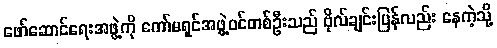
ဖော်ဆောင်ရေးအဖွဲ့ကို ကော်မရှင်အဖွဲ့ဝင်တစ်ဦးသည် ဗိုလ်ချင်းပြန်လည်း နေကဲ့သို့